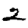
Digit: 2